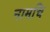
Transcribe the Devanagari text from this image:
नामचि